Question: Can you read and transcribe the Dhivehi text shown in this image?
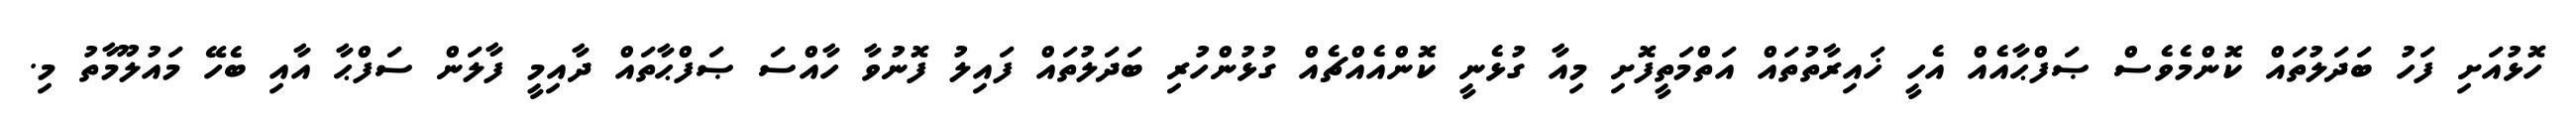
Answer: ހޮޅުއަށި ފަހު ބަދަލުތައް ކޮންމެވެސް ޞަފްޙާއެއް އެހީ ޚައިރާތުތައް އަތްމަތީފޮށި މިއާ ގުޅެނީ ކޮންއެއްޗެއް ގުޅުންހުރި ބަދަލުތައް ފައިލު ފޮނުވާ ހާއްސަ ޞަފްޙާތައް ދާއިމީ ފާލަން ސަފްޙާ އާއި ބެހޭ މައުލޫމާތު މި.